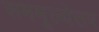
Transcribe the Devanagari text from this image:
सममूल्येतर